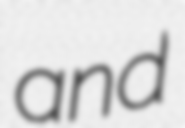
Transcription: and